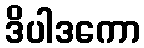
ဒိပါဒကော